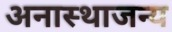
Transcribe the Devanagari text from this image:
अनास्थाजन्य